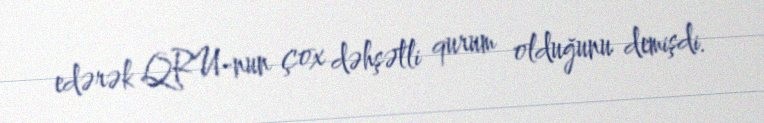
edərək QRU-nun çox dəhşətli qurum olduğunu demişdi.